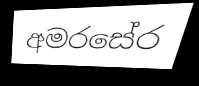
අමරසේර